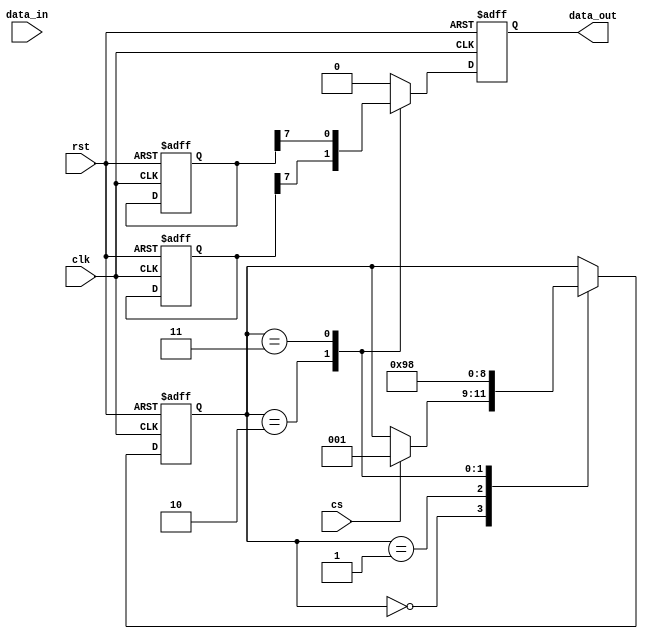
module spi_master (
    input wire clk,
    input wire rst,
    input wire cs,
    input wire data_in,
    output reg data_out
);

reg [7:0] tx_data;
reg [7:0] rx_data;
reg [2:0] state;

parameter IDLE = 3'b000;
parameter SELECT_SLAVE = 3'b001;
parameter SEND_DATA = 3'b010;
parameter RECEIVE_DATA = 3'b011;

always @ (posedge clk or posedge rst) begin
    if (rst) begin
        state <= IDLE;
        tx_data <= 8'b0;
        rx_data <= 8'b0;
    end else begin
        case (state)
            IDLE: begin
                if (cs) begin
                    state <= SELECT_SLAVE;
                end
            end
            SELECT_SLAVE: begin
                // Select slave device
                state <= SEND_DATA;
            end
            SEND_DATA: begin
                // Send data
                state <= RECEIVE_DATA;
            end
            RECEIVE_DATA: begin
                // Receive data
                state <= IDLE;
            end
        endcase
    end
end

always @ (posedge clk or posedge rst) begin
    if (rst) begin
        data_out <= 1'b0;
    end else begin
        case (state)
            SEND_DATA: begin
                data_out <= tx_data[7];
            end
            RECEIVE_DATA: begin
                data_out <= rx_data[7];
            end
            default: begin
                data_out <= 1'b0;
            end
        endcase
    end
end

endmodule